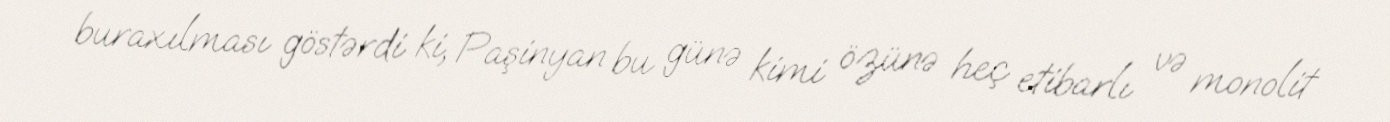
buraxılması göstərdi ki, Paşinyan bu günə kimi özünə heç etibarlı və monolit